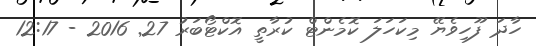
ހާދަ ފޫހިވެޔޭ މިކަހަލަ ކޮމެންޓް ކުރާތީ އޮކްޓޯބަރު 27